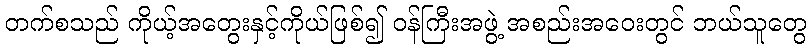
တက်စသည် ကိုယ့်အတွေးနှင့်ကိုယ်ဖြစ်၍ ဝန်ကြီးအဖွဲ့ အစည်းအဝေးတွင် ဘယ်သူတွေ